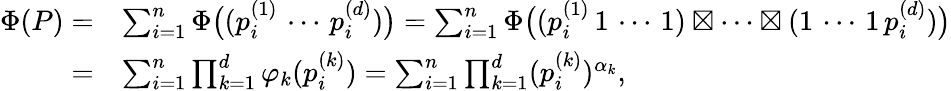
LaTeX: \begin{array}{rl}{\Phi(P)=}&{\sum_{i=1}^{n}\Phi\big((p_{i}^{(1)}\, \cdots\, p_{i}^{(d)})\big)=\sum_{i=1}^{n}\Phi\big((p_{i}^{(1)}\, 1\, \cdots\, 1)\boxtimes\cdots\boxtimes(1\, \cdots\, 1\, p_{i}^{(d)})\big)}\\ {=}&{\sum_{i=1}^{n}\prod_{k=1}^{d}\varphi_{k}(p_{i}^{(k)})=\sum_{i=1}^{n}\prod_{k=1}^{d}(p_{i}^{(k)})^{\alpha_{k}},}\end{array}